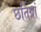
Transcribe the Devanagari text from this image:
छतियां